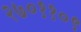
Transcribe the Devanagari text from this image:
२७०११०९